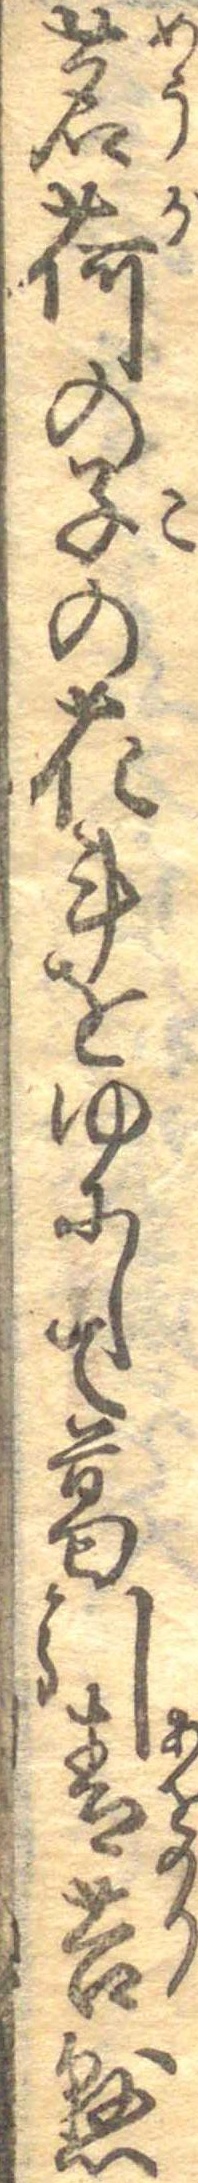
茗荷の子の花計をゆにして葛引青苔懸